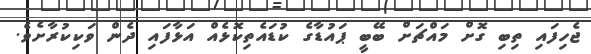
ޖެހިފައި ތިބި ގޮށް މައްޗަށް ބޭބީ ޕައުޑާގެ ކުޑައެތިކޮޅެއް އަޅާފައި ދެން ވަކިކުރާށެވެ.